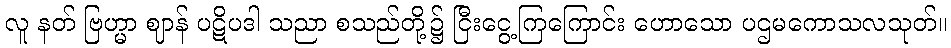
လူ နတ် ဗြဟ္မာ ဈာန် ပဋိပဒါ သညာ စသည်တို့၌ ငြီးငွေ့ကြကြောင်း ဟောသော ပဌမကောသလသုတ်။